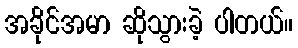
အခိုင်အမာ ဆိုသွားခဲ့ ပါတယ်။